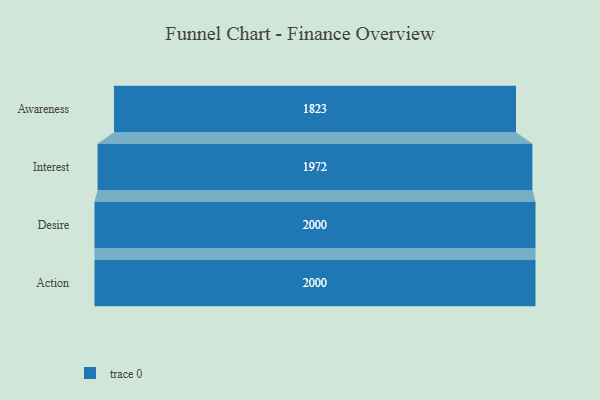
{"axis": {"x": "Stage", "y": "Value"}, "legend": [""], "data": [{"x": "Awareness", "y": 1823.0, "type": ""}, {"x": "Interest", "y": 1972.0, "type": ""}, {"x": "Desire", "y": 2000, "type": ""}, {"x": "Action", "y": 2000, "type": ""}]}